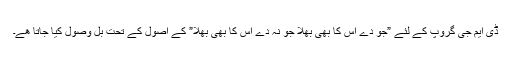
ڈی ایم جی گروپ کے لئے ”جو دے اس کا بھی بھلا جو نہ دے اس کا بھی بھلا” کے اصُول کے تحت بل وصول کیا جاتا ھے۔